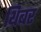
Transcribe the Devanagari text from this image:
थिबर